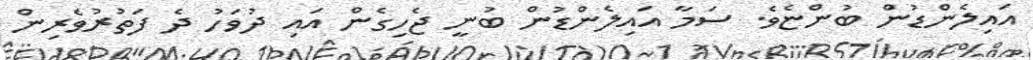
އައިލެންޑުން ބުންޏެވެ. ސަމާ އައިލެންޑުން ބުނީ ޖެހިގެން އައި ދުވަހު ދެ ފަތުރުވެރިން